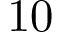
1 0